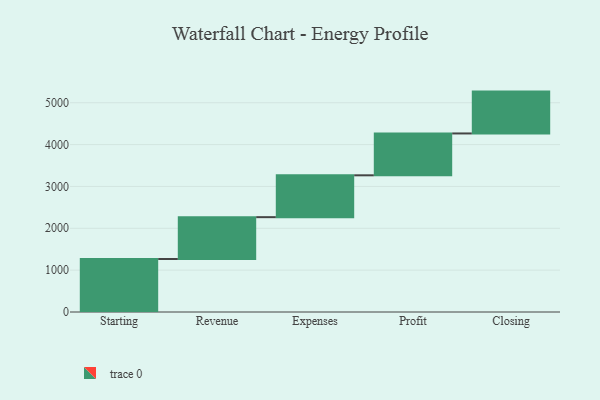
{"axis": {"x": "Step", "y": "Value"}, "legend": [""], "data": [{"x": "Starting", "y": 1266.0, "type": ""}, {"x": "Revenue", "y": 1000, "type": ""}, {"x": "Expenses", "y": 1000, "type": ""}, {"x": "Profit", "y": 1000, "type": ""}, {"x": "Closing", "y": 1000, "type": ""}]}